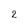
Character: 2